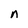
Character: n